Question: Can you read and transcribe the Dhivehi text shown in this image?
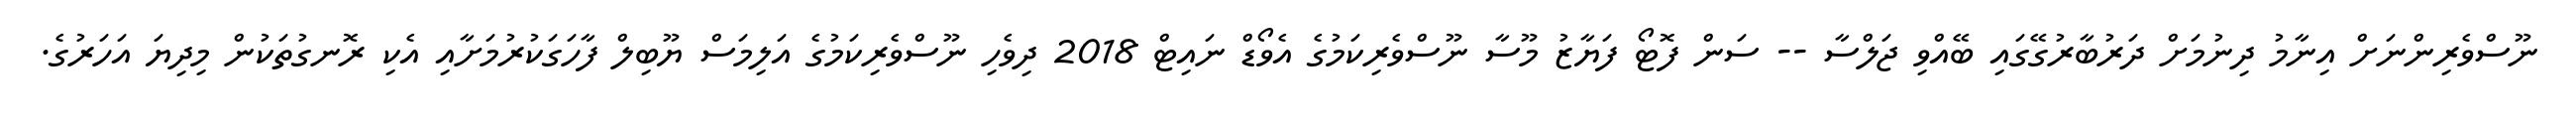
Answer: ނޫސްވެރިންނަށް އިނާމު ދިނުމަށް ދަރުބާރުގޭގައި ބޭއްވި ޖަލްސާ -- ސަން ފޮޓޯ ފަޔާޒު މޫސާ ނޫސްވެރިކަމުގެ އެވޯޑް ނައިޓް 2018 ދިވެހި ނޫސްވެރިކަމުގެ އަލިމަސް ޔޫބިލް ފާހަގަކުރުމަށާއި އެކި ރޮނގުތަކުން މިދިޔަ އަހަރުގެ.